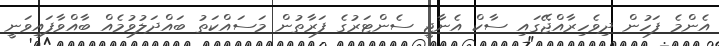
އެންމެ ފަހުން ދިވެހިރާއްޖޭގައި ސާކް އެނާޖީ ސެންޓަރުގެ ފަރާތުން މަސައްކަތު ބައްދަލުވުމެއް ބާއްވާފައިވަނީ